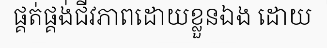
ផ្គត់ផ្គង់ជីវភាពដោយខ្លួនឯង ដោយ